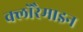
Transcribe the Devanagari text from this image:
क्लोरैमाइन